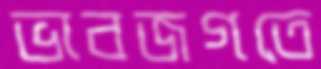
ভাবজগতে